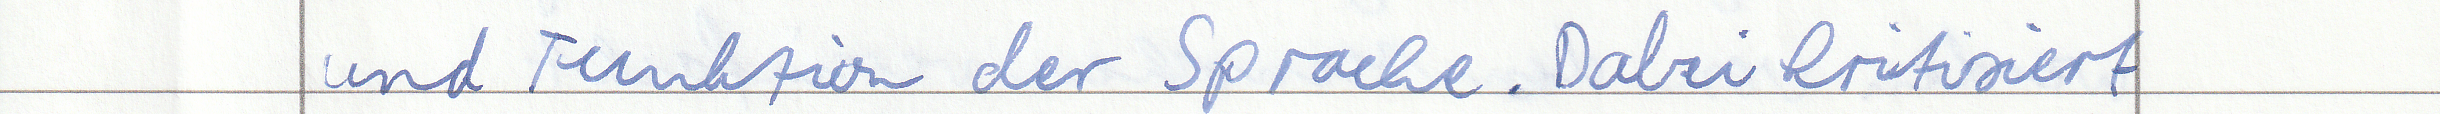
und Funktion der Sprache. Dabei kritisiert